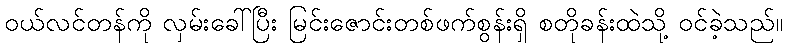
ဝယ်လင်တန်ကို လှမ်းခေါ်ပြီး မြင်းဇောင်းတစ်ဖက်စွန်းရှိ စတိုခန်းထဲသို့ ဝင်ခဲ့သည်။